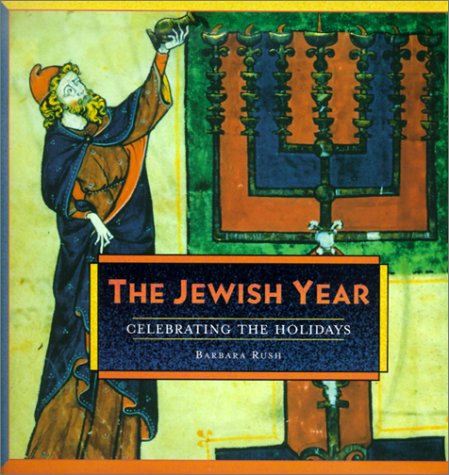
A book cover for Jewish Year: Celebrating the Holidays; Barbara Rush; Religion & Spirituality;